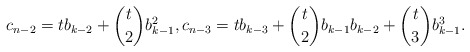
\begin{align*}c_{n-2}=tb_{k-2}+{t \choose 2}b_{k-1}^2, c_{n-3}=tb_{k-3}+{t \choose 2} b_{k-1}b_{k-2}+{t \choose 3}b_{k-1}^3.\end{align*}